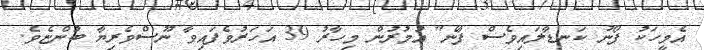
އެމީހަކު ފޯނު ކަނޑާލައިވެސް ފާނެ" އުމުރުން މިހާރު 39 އަހަރުވެފައިވާ ނޫސްވެރިޔާ ބުންޏެވެ.